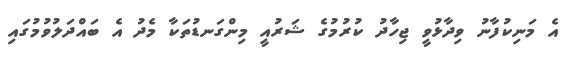
އެ މަނިކުފާނު ވިދާޅުވީ ޖިހާދު ކުރުމުގެ ޝަރުއީ މިންގަނޑުތަކާ މެދު އެ ބައްދަލުވުމުގައި